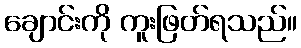
ချောင်းကို ကူးဖြတ်ရသည်။